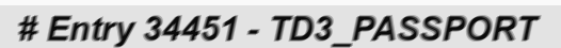
# Entry 34451 - TD3_PASSPORT